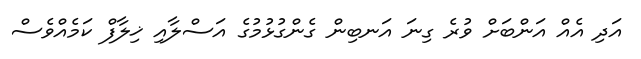
އަދި އެއް އަންބަށް ވުރެ ގިނަ އަނބިން ގެންގުޅުމުގެ އަސްލާއި ޚިލާފް ކަމެއްވެސް